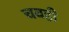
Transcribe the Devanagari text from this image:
चवही